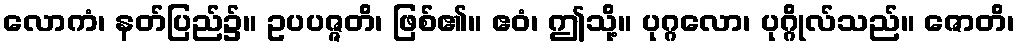
လောကံ၊ နတ်ပြည်၌။ ဥပပဇ္ဇတိ၊ ဖြစ်၏။ ဧဝံ၊ ဤသို့။ ပုဂ္ဂလော၊ ပုဂ္ဂိုလ်သည်။ ဇောတိ၊